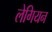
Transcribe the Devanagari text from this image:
लेगियन